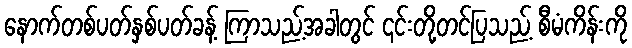
နောက်တစ်ပတ်နှစ်ပတ်ခန့် ကြာသည့်အခါတွင် ၎င်းတို့တင်ပြသည့် စီမံကိန်းကို